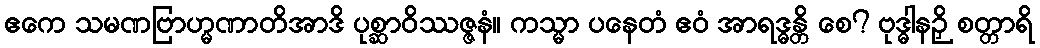
ဧကေ သမဏဗြာဟ္မဏာတိအာဒိ ပုစ္ဆာဝိဿဇ္ဇနံ။ ကသ္မာ ပနေတံ ဧဝံ အာရဒ္ဓန္တိ စေ? ဗုဒ္ဓါနဉှိ စတ္တာရိ